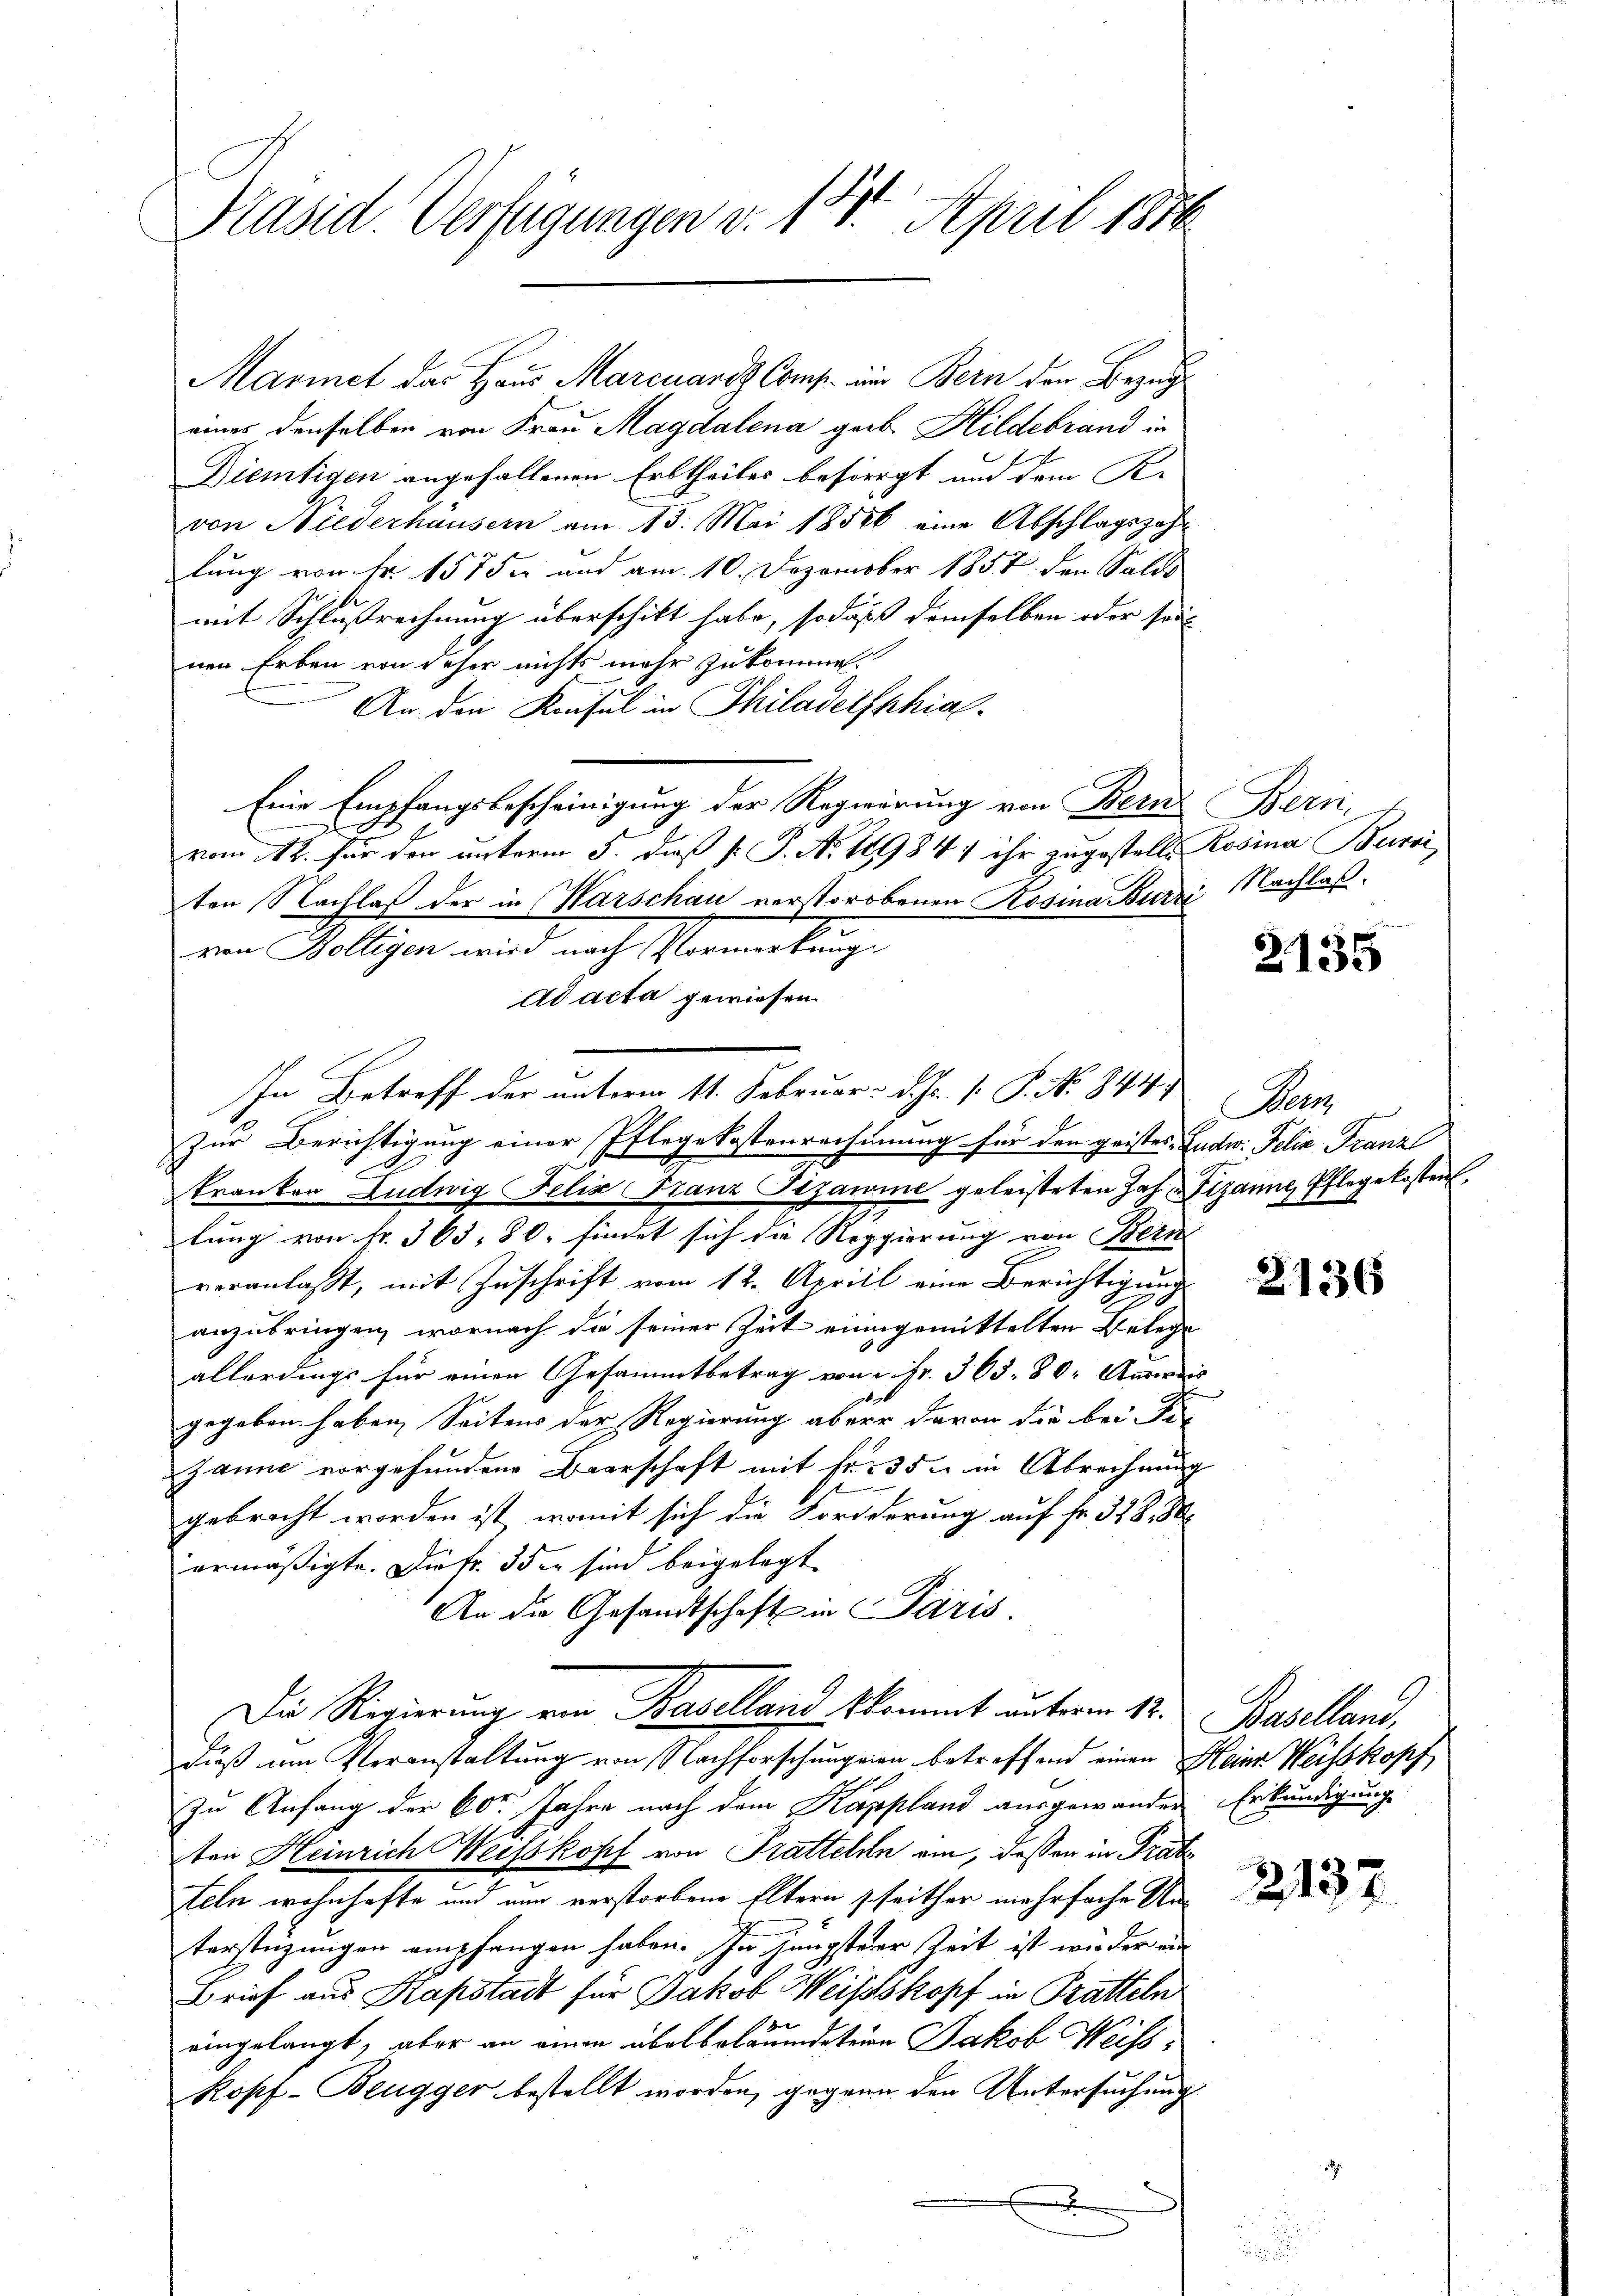
Präsid. Verfügungen v. 180. April 1870

Ad acta gewiesen
In Betreff der unterm 11. Februar d. Js. [ P. No 844.

Marinet das Haus Marcuard Comp. um Bern den Bezug
eines denselben von Frau Magdalena geb. Hildebrand in
Diemtigen angefallenen Erbtheiles besorgt und dem Kr
von Niederhausern am 13. Mai 18586 eine Abschlagszahlung von Nr. 157 der und am 10. Dezember 1857 den Salds
mit Schlußrechnung überschikt habe, sodaß demselben oder son
nen Erben von daher nichts mehr zukommen.
An. den Konsul in Philadelphial-
Eine Empfangsbescheinigung der Regierung von Bern
2
vom 12. für den unterm 5. daß P. P. No. 119841 ihr zugestelle
ten Nachlaß der in Warschau verstorobenen Rosina Burzi Nachlaßvon Kölligen wird nach Vormerkung.
Zur Berichtigung einer Pflege kostenrechnung für den geistes-Endw. Felix Franz
h
kranken Ludwig Felix Franz Straume geleisteten Jah Pizanne, Pflegekosten
lung von fr. 363, 80 findet sich die Reggierung von Bern
veranlasst, mit Zuschrift vom 12. Aprill eine Berichtigung
anzubringen, wornach die seiner Zeit einigemittelten Belege
allerdings für einen Gesammtbetrag von 2 Fr. 363. 80. Ausweis
gegeben haben, Seitens der Regierung aber davon die bei die
Janne vorgefundene Baarschaft mit Fr. 35 u. in Abrechnung
gebracht worden ist, womit sich die Forderrung auf Fr. 328. 80
ermäßigte. Dietr. 3 der sind beigelegt
An die Gesandtschaft in Paris
Die Regierung von Baselland kommt unterm 12.
dieß am Veranstaltung von Nachforschungen betreffend einen Heine Weisskopf
zu Anfang der 60 Jahre nach dem Kappland ausgewander
ten Heinrich Weisskopf von Tratteln ein, dessen in Präte
teln wohnhafte und nun verstorbene Eltern seither mehrfache Un-

terstüzungen empfangen haben. In jüngsterer Zeit ist wieder ein
Brief aus Kapstadt für Jakob Weissskopf in Bratteln
eingelangt, aber an einen übel beläumdeten Jakob Weiss¬
Ropf-Beugger bestellt worden, gegenn den Untersuchung

Bern,
Rosina Burri

2135

Ber

2136

Baselland,
Erkundigung

213